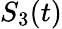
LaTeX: S_{3}(t)